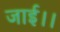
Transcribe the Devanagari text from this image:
जाई।।